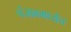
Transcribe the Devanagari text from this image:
पंजाबमध्येच